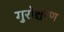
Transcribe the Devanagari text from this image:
गुरोश्चरण